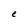
Character: e